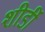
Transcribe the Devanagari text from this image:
शीर्डी